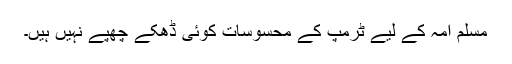
مسلم امہ کے لیے ٹرمپ کے محسوسات کوئی ڈھکے چھپے نہیں ہیں۔